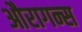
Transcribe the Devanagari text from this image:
औरागन्स